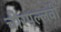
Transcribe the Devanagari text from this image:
चीरपल्लवी